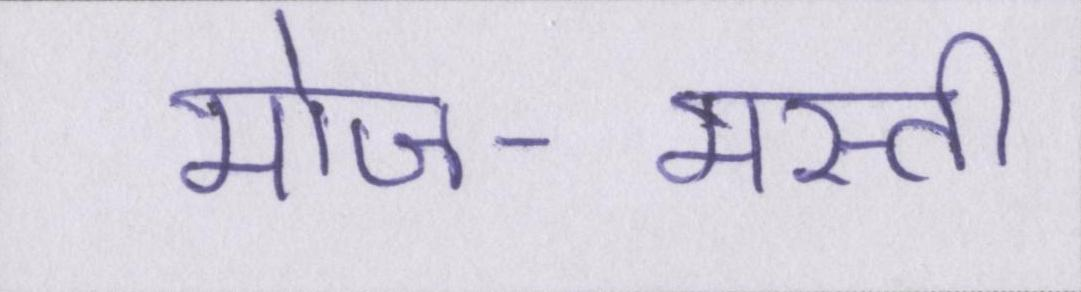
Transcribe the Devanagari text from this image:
मोज-मस्ती